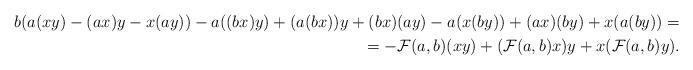
LaTeX: \begin{align*}b(a(xy)-(ax)y-x(ay)) - a((bx)y) + (a(bx))y+(bx)(ay) -a(x(by))+(ax)(by)+x(a(by))= \\= - \mathcal F(a,b)(xy)+(\mathcal F(a,b)x)y + x(\mathcal F(a,b)y).\end{align*}